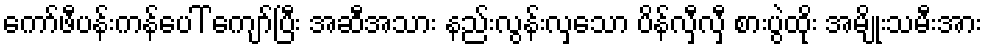
ကော်ဖီပန်းကန်ပေါ် ကျော်ပြီး အဆီအသား နည်းလွန်းလှသော ပိန်လှီလှီ စားပွဲထိုး အမျိုးသမီးအား